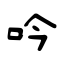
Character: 吟